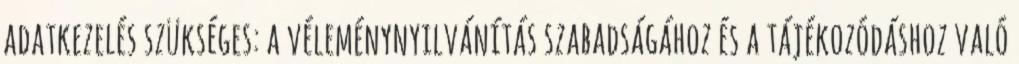
adatkezelés szükséges: a véleménynyilvánítás szabadságához és a tájékozódáshoz való